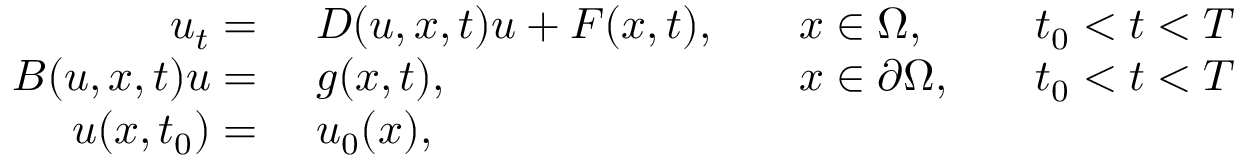
\begin{array} { r l r l r l } { u _ { t } = \ } & { { } D ( u , x , t ) u + F ( x , t ) , } & { } & { { } x \in \Omega , } & { } & { { } t _ { 0 } < t < T } \\ { B ( u , x , t ) u = \ } & { { } g ( x , t ) , } & { } & { { } x \in \partial \Omega , } & { } & { { } t _ { 0 } < t < T } \\ { u ( x , t _ { 0 } ) = \ } & { { } u _ { 0 } ( x ) , } \end{array}